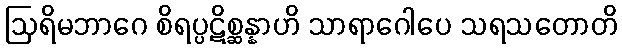
ဩရိမဘာဂေ စိရပ္ပဋိစ္ဆန္နာဟိ သာရာဂေါပေ သရသတောတိ